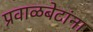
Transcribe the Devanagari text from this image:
प्रवाळबेटांना